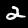
Label: 2